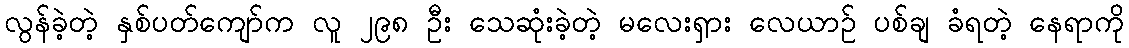
လွန်ခဲ့တဲ့ နှစ်ပတ်ကျော်က လူ ၂၉၈ ဦး သေဆုံးခဲ့တဲ့ မလေးရှား လေယာဉ် ပစ်ချ ခံရတဲ့ နေရာကို